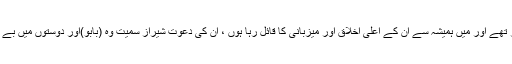
وہ سیٹلائٹ ٹاؤن میں رہائش پذیر تھے اور میں ہمیشہ سے ان کے اعلیٰ اخلاق اور میزبانی کا قائل رہا ہوں ، ان کی دعوت شیراز سمیت وہ (بابو)اور دوستوں میں بے حد مشہوراور دوست نواز تھے ۔